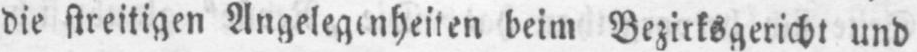
die streitigen Angelegenheiten beim Bezirksgericht und